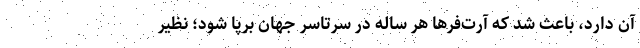
آن دارد، باعث شد که آرت‌فرها هر ساله در سرتاسر جهان برپا ‌شود؛ نظیر